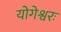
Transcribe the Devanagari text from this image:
योगेश्वरः